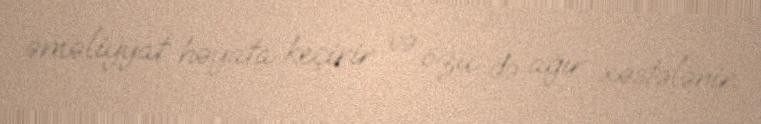
əməliyyat həyata keçirir və özü də ağır xəstələnir.